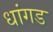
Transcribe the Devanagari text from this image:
धांगड